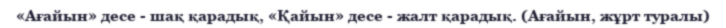
«Ағайын» десе - шақ қарадық, «Қайын» десе - жалт қарадық. (Ағайын, жұрт туралы)